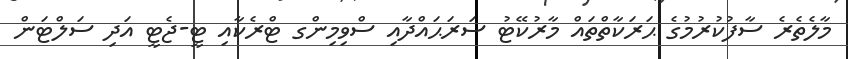
މާލެތެރެ ސާފުކުރުމުގެ ޙަރަކާތްތައް މާރުކޭޓު ސަރަޙައްދާއި ސްވިމިންގ ޓްރެކާއި ޓީ-ޖެޓީ އަދި ސަލްޓަން